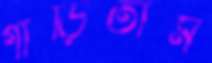
গাড়িতাম